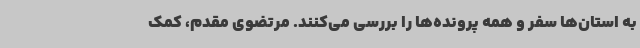
به استان‌ها سفر و همه پرونده‌ها را بررسی می‌کنند. مرتضوی مقدم، کمک